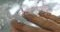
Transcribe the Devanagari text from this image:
सटाणापासून